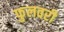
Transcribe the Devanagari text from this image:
फुलवरी